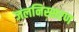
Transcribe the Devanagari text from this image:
जलनिस्सरण